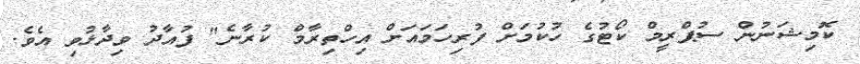
ކޮމިޝަނުން ސުޕްރީމް ކޯޓުގެ ހުކުމަށް ފުރިހަމައަށް އިހްތިރާމް ކުރާނެ" ފުއާދު ވިދާޅުވި އެވެ.